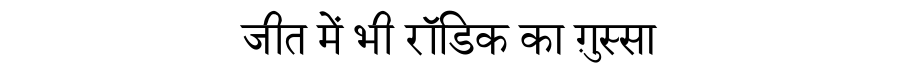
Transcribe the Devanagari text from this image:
जीत में भी रॉडिक का ग़ुस्सा